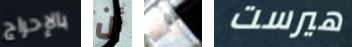
بالإحراج أن أمة هيرست